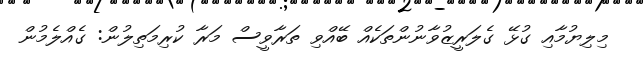
މިލިޔުމާއި ގުޅޭ ގެލަރީޒުވާނުންތަކެއް ބޭއްވި ތަރާވީސް މަރާ ކުރިމަތިލުން: ގެއްލެމުން